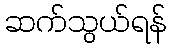
ဆက်သွယ်ရန်